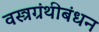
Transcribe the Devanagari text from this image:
वस्त्रग्रंथीबंधन